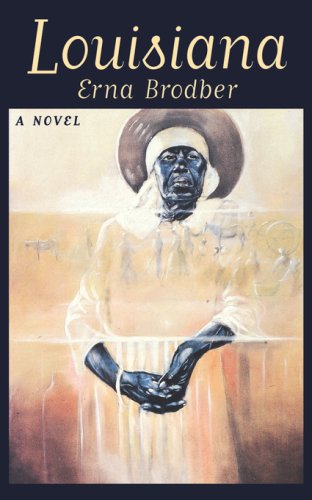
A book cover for Louisiana: A Novel; Erna Brodber; Literature & Fiction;